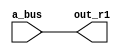
module R1_check(a_bus , out_r1);
	input [15:0] a_bus;
	output [15:0] out_r1;

	assign out_r1= a_bus;
endmodule